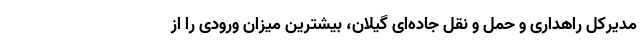
مدیرکل راهداری و حمل و نقل جاده‌ای گیلان، بیشترین میزان ورودی را از